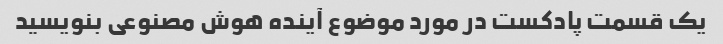
یک قسمت پادکست در مورد موضوع آینده هوش مصنوعی بنویسید